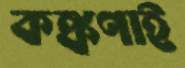
কঙ্কণাই